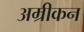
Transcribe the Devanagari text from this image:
अम्रीकन